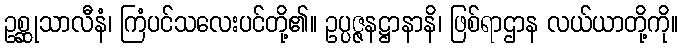
ဥစ္ဆုသာလီနံ၊ ကြံပင်သလေးပင်တို့၏။ ဥပ္ပဇ္ဇနဋ္ဌာနာနိ၊ ဖြစ်ရာဌာန လယ်ယာတို့ကို။